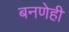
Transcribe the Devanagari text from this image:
बनणेही